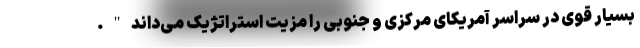
بسیار قوی در سراسر آمریکای مرکزی و جنوبی را مزیت استراتژیک می‌داند".